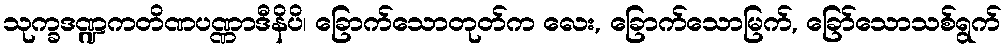
သုက္ခဒဏ္ဍကတိဏပဏ္ဏာဒီနိပိ၊ ခြောက်သောတုတ်က လေး, ခြောက်သောမြက်, ခြော်သောသစ်ရွက်